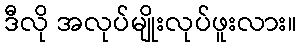
ဒီလို အလုပ်မျိုးလုပ်ဖူးလား။